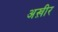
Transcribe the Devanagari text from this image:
अख़ीर